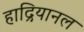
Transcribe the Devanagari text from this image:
हाद्रियानल